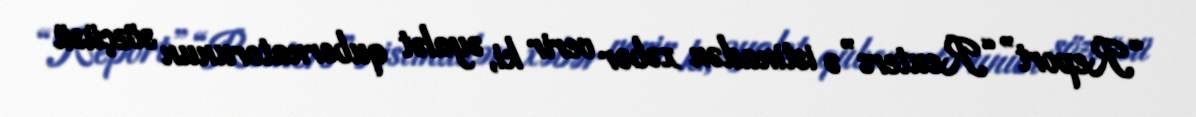
“Report” “Reuters”ə istinadən xəbər verir ki, əyalət qubernatorunun sözçüsü